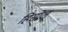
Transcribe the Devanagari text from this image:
हिंसोल